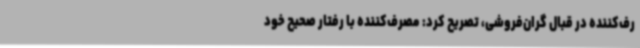
رف‌کننده در قبال گران‌فروشی، تصریح کرد: مصرف‌کننده با رفتار صحیح خود